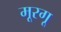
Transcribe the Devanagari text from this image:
मूरगू